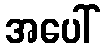
အပေါ်